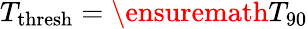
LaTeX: T_{\mathrm{thresh}}=\ensuremath{T_{\mathrm{90}}}